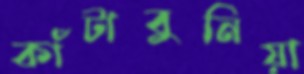
কাঁটাবুনিয়া